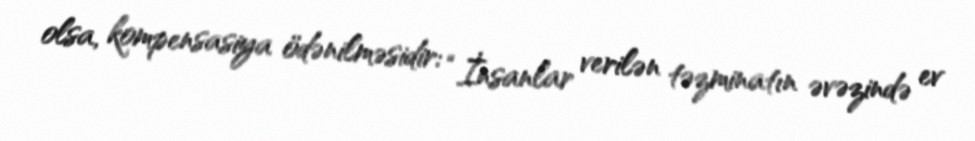
olsa, kompensasiya ödənilməsidir: “İnsanlar verilən təzminatın əvəzində ev